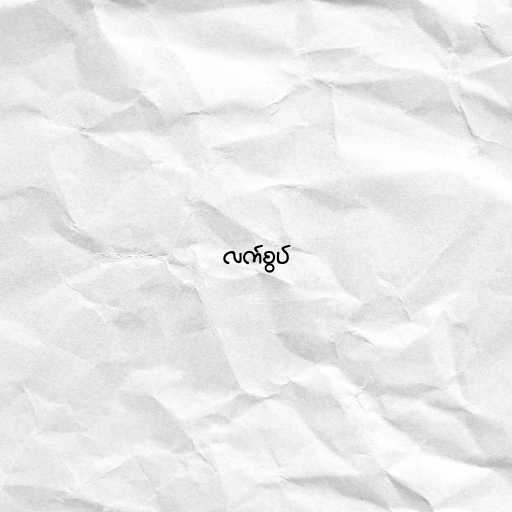
လက်စွပ်